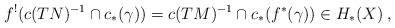
LaTeX: \begin{align*} f^!(c(TN)^{-1} \cap c_*(\gamma)) = c(TM)^{-1} \cap c_*(f^*(\gamma)) \in H_*(X)\:,\end{align*}